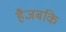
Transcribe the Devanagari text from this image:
हैजबकि